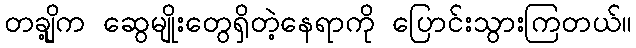
တချို့က ဆွေမျိုးတွေရှိတဲ့နေရာကို ပြောင်းသွားကြတယ်။